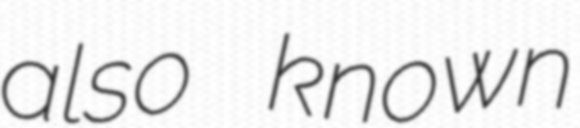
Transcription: also known